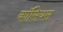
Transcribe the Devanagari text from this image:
कॉसियस